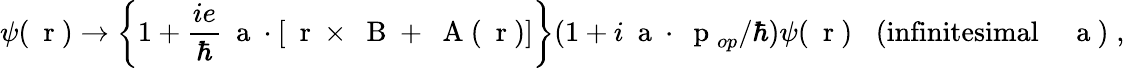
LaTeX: \psi(\mathrm{~\mathbf~r~})\rightarrow\left\{ 1+\frac{ie}{\hbar}{\mathrm{~\mathbf~a~}}\cdot[\mathrm{~\mathbf~r~}\times\mathrm{~\mathbf~B~}+\mathrm{~\mathbf~A~}(\mathrm{~\mathbf~r~})]\right\} (1+i{\mathrm{~\mathbf~a~}}\cdot\mathrm{~\mathbf~p~}_{op}/\hbar)\psi(\mathrm{~\mathbf~r~})\; \; \; (\mathrm{infinitesimal\; \; \; {\mathrm{~\mathbf~a~}})\; ,}